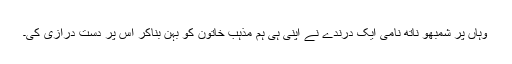
وہاں پر شمبھو ناتھ نامی ایک درندے نے اپنی ہی ہم مذہب خاتون کو بہن بناکر اس پر دست درازی کی۔